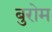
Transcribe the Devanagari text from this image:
बुरोम